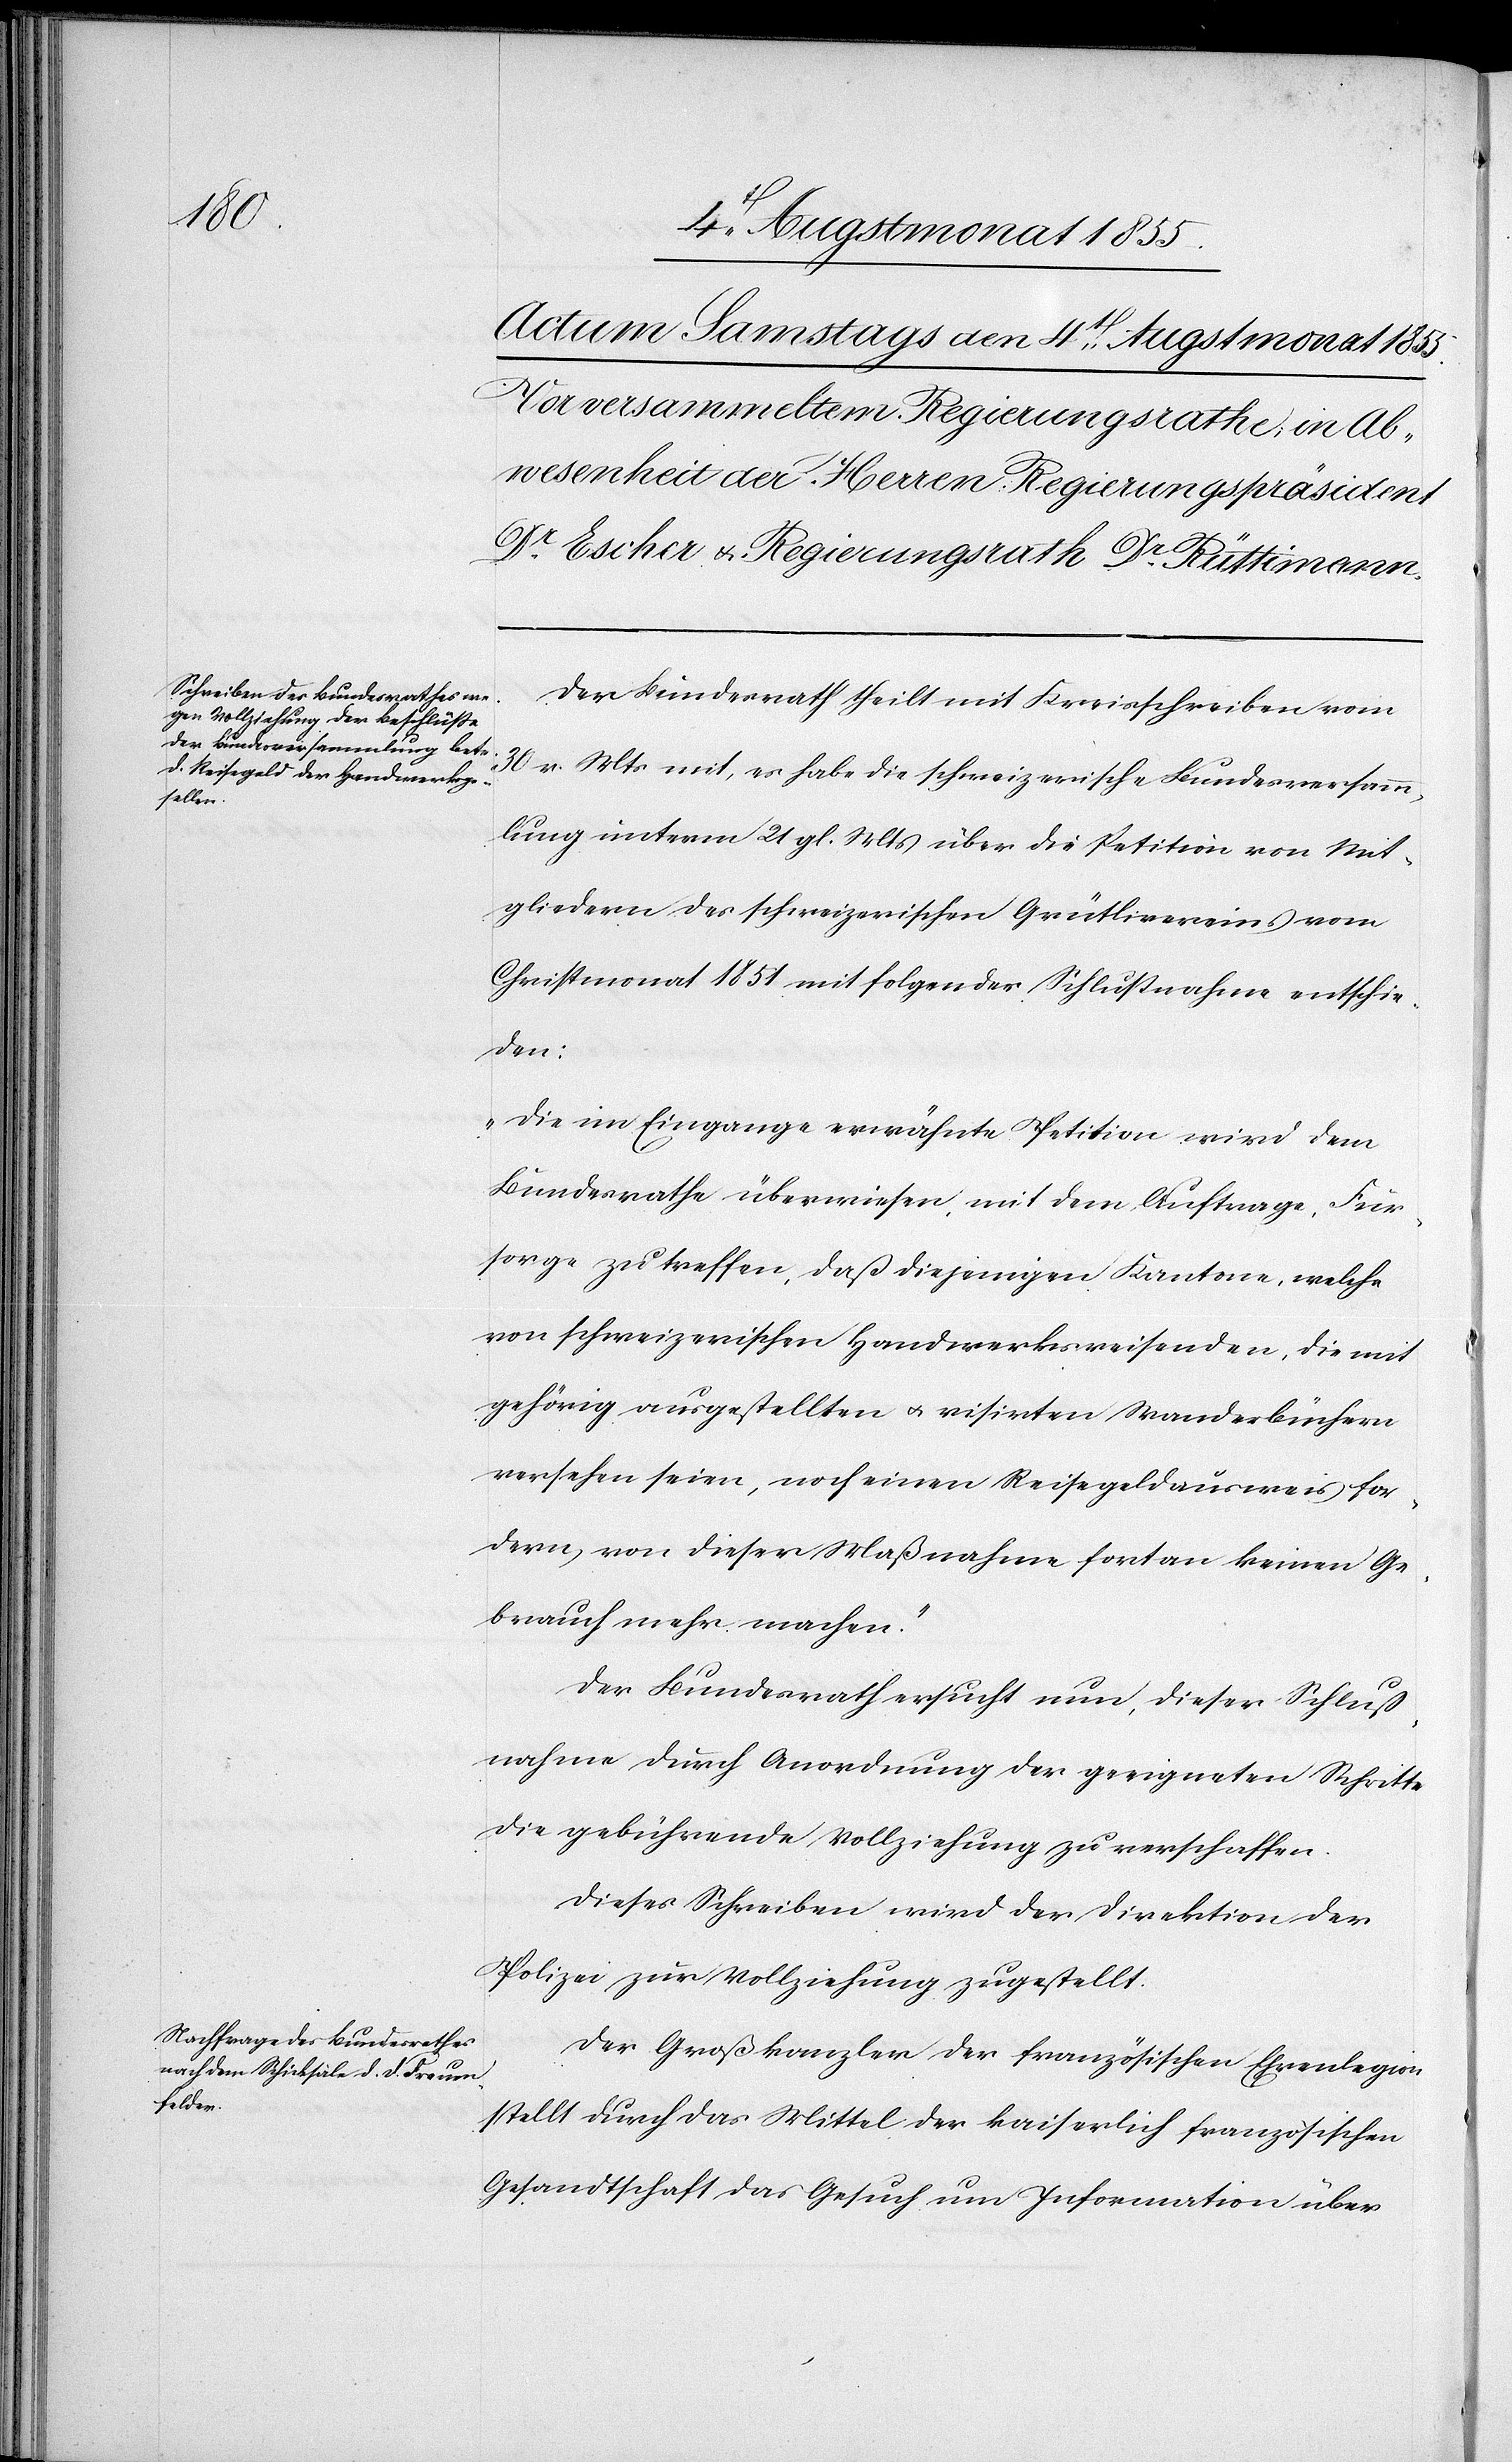
Der Bundesrath theilt mit Kreisschreiben vom
30 v. Mts mit, es habe die schweizerische Bundesversamm¬
lung unterm 21 gl. Mts über die Petition von Mit¬
gliedern des schweizerischen Grütlivereins vom
Christmonat 1851 mit folgender Schlußnahme entschie¬
den:
„Die im Eingange erwähnte Petition wird dem
Bundesrathe überwiesen, mit dem Auftrage, Für¬
sorge zu treffen, daß diejenigen Kantone, welche
von schweizerischen Handwerksreisenden, die mit
gehörig ausgestellten & visirten Wanderbüchern
versehen seien, noch einen Reisegeldausweis for¬
dern, von dieser Maßnahme fortan keinen Ge¬
brauch mehr machen.“
Der Bundesrath ersucht nun, dieser Schluß¬
nahme durch Anordnung der geeigneten Schritte
die gebührende Vollziehung zu verschaffen.
Dieses Schreiben wird der Direktion der
Polizei zur Vollziehung zugestellt.
Der Großkanzler der französischen Ehrenlegion
stellt durch das Mittel der kaiserlich französischen
Gesandtschaft das Gesuch um Information über